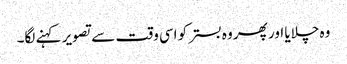
وہ چلایا اور پھر وہ بستر کو اسی وقت سے تصویر کہنے لگا۔